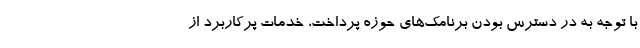
با توجه به در دسترس بودن برنامک‌های حوزه پرداخت، خدمات پرکاربرد از